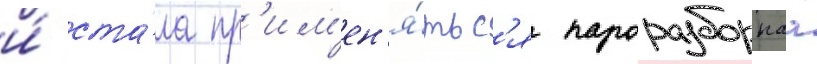
и́ ста́ла пр'им'ен'я́тьс'я пароразборнаа